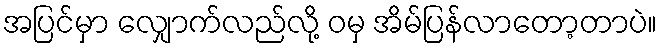
အပြင်မှာ လျှောက်လည်လို့ ဝမှ အိမ်ပြန်လာတော့တာပဲ။